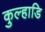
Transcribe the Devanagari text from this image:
कुल्हाडि